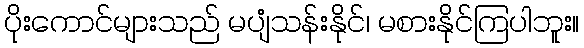
ပိုးကောင်များသည် မပျံသန်းနိုင်၊ မစားနိုင်ကြပါဘူး။